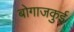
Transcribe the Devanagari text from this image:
बोगाजकुई